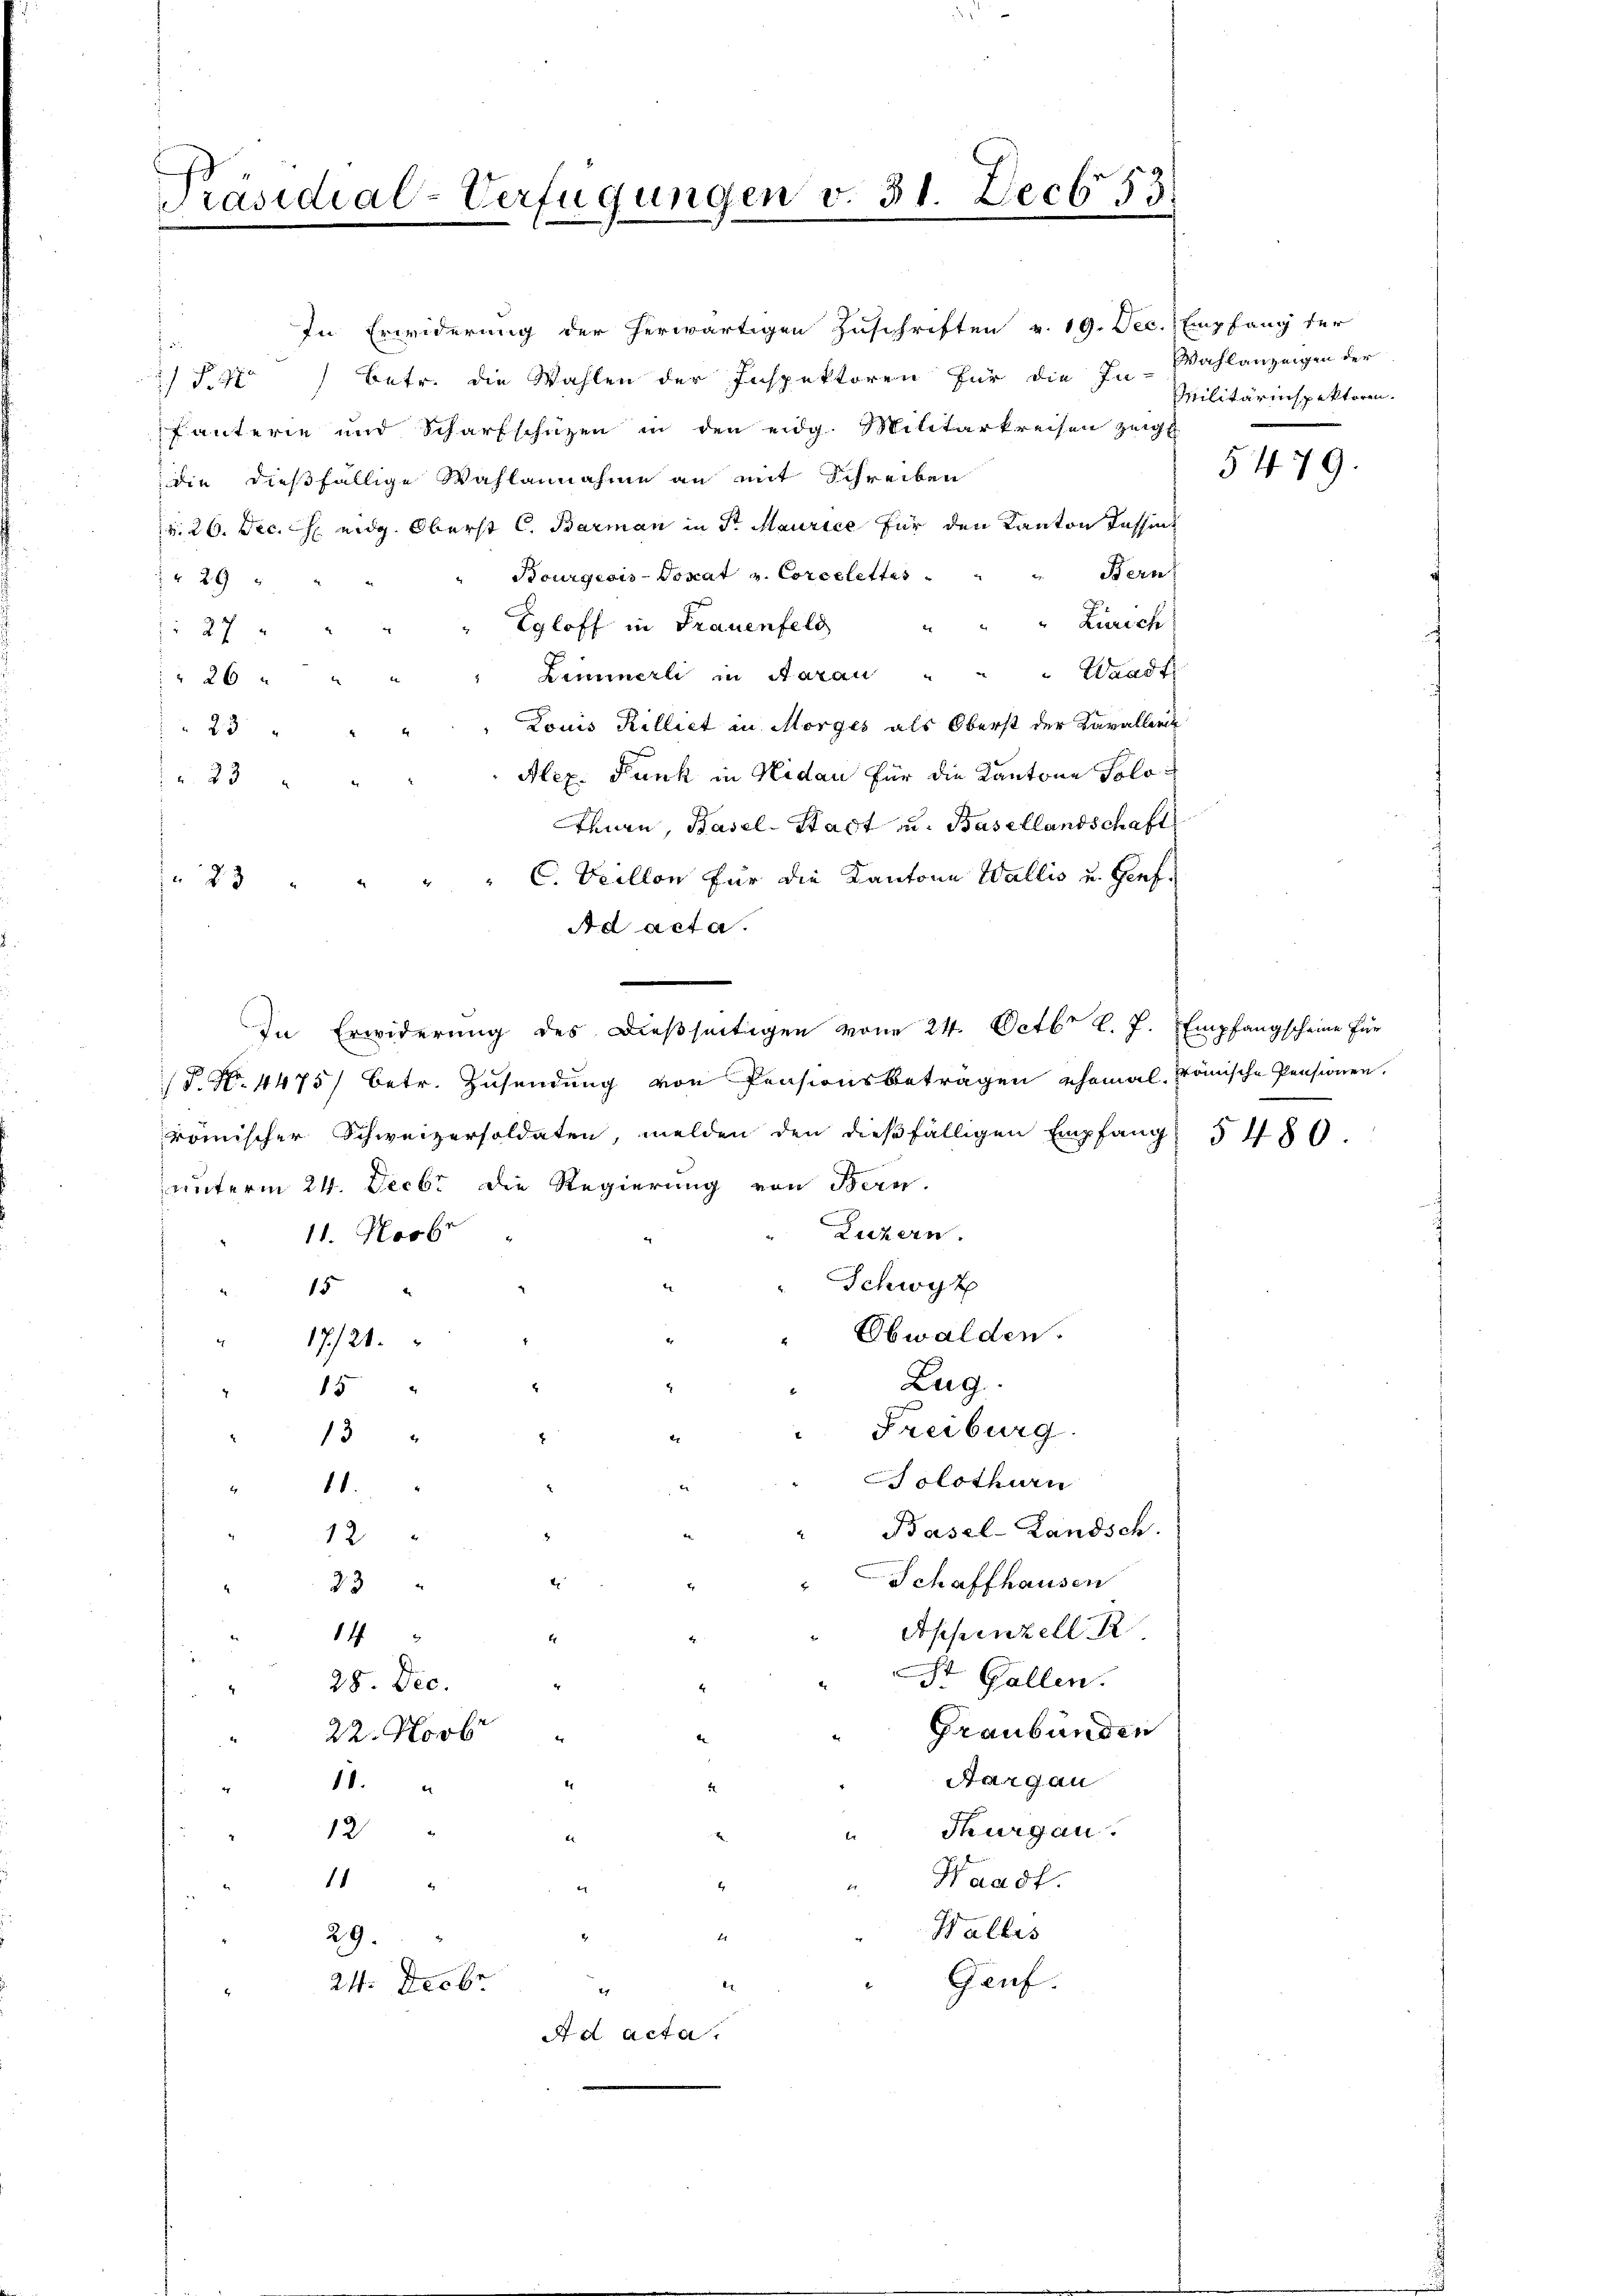
Präsidial-Verfügungen v. 31. Decb. 53.

fanterie und Scharfschüzen in den eidg. Militärkreisen zeigt
die dießfällige Wahlannahme an mit Schreiben
v. 26. Dec. h. eidg. Oberst C. Barman in Sr. Maurice für den Kanton Kassen
Bern,
Bourgeois-Vonat v. Corcelettes
 29 x
" " " Zürich
Egloff in Frauenfeld
27 x
Zimmerli in Aarau " " " Waadt
 26
Louis Rilliet in Morges als Oberst der Kavalleri
23
Alex. Funk in Nidau für die Kantone Solo¬
 23
Thurn, Basel-Stadt u. Basellandschaft
" " C. Veillon für die Kantone Wallis u. Genf¬
Ad acta.
In Erwiderung des dießseitigen vom 24. Octbr. l. J. Empfangscheine für
P. Nr. 4475/ betr. Zusendung von Pensionsbeträgen ehemal. Frömische Pensionen.
römischer Schweizersoldaten, melden den dießfälligen Empfang 5 480.
unterm 24. Decbr die Regierung von Bern.
Luzern.
11. Novbr
Schwyz
15
Obwalden.
" 17/21.
Zug.
15
Freiburg.
13
Solothurn
"11.
Basel-Landsch
12
t
Schaffhausen
23
Appenzell R
14
2
 St. Gallen.
28. Dec.
Graubünden
22. Novbr
Aargau
10.
Thurgau.
12
Waadt.
1
Halles
29.
Genf.
.
24. Decbr
1

23

In Erwiderung der herwärtigen Zuschriften v. 19. Dec. Empfang der
1 f. 4) Betr. die Wahlen der Inspektoren für die In-Wahlanzeigen der

A d acta.

Militärinspektoren.

5479.